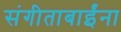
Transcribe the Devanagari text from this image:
संगीताबाईंना